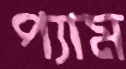
প্যাম